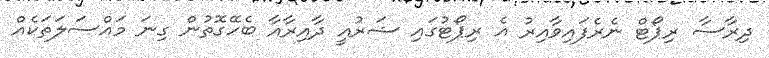
ދިރާސާ ރިޕޯޓް ނެރެފައިވާއިރު އެ ރިޕޯޓުގައި ޝަރުއީ ދާއިރާއާ ބެހޭގޮތުން ގިނަ މައްސަލަތަކެއް